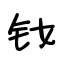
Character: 钕